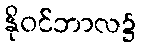
နိုဝင်ဘာလ၌